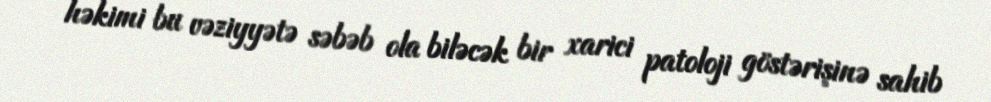
həkimi bu vəziyyətə səbəb ola biləcək bir xarici patoloji göstərişinə sahib